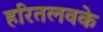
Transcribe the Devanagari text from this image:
हरितलवके